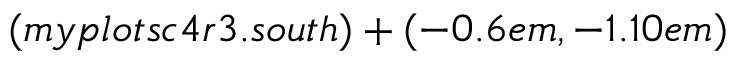
( m y p l o t s c 4 r 3 . s o u t h ) + ( - 0 . 6 e m , - 1 . 1 0 e m )